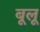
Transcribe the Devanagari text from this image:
बूलू